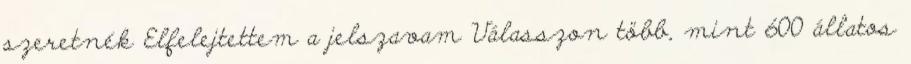
szeretnék Elfelejtettem a jelszavam Válasszon több, mint 600 állatos